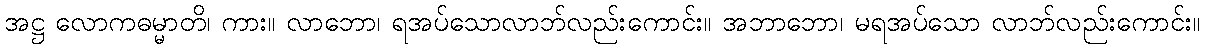
အဋ္ဌ လောကဓမ္မာတိ၊ ကား။ လာဘော၊ ရအပ်သောလာဘ်လည်းကောင်း။ အဘာဘော၊ မရအပ်သော လာဘ်လည်းကောင်း။